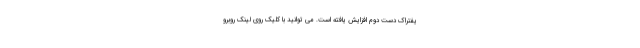
یفتراک دست دوم افزایش یافته است. می توانید با کلیک روی لینک روبرو